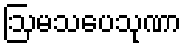
ဩမသပေသုဏာ